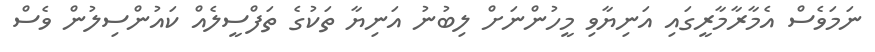
ނަމަވެސް އެމާރާމާރީގައި އަނިޔާވި މީހުންނަށް ލިބުނު އަނިޔާ ތަކުގެ ތަފްސީލެއް ކައުންސިލުން ވެސް